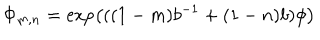
\Phi _ { m , n } = \exp \left( ( ( 1 - m ) b ^ { - 1 } + ( 1 - n ) b ) \phi \right)